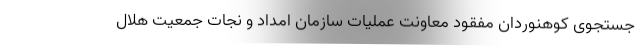
جستجوی کوهنوردان مفقود معاونت عملیات سازمان امداد و نجات جمعیت هلال